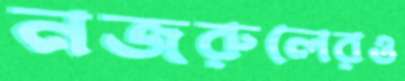
নজরুলেরও